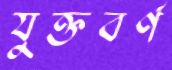
যুক্তবর্ণ